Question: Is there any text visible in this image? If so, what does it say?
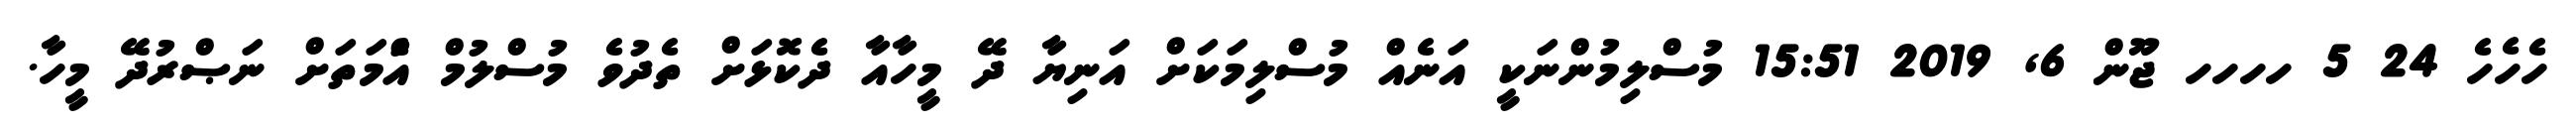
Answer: ހެހެހެ 24 5 ހހހހ ޖޫން 6, 2019 15:51 މުސްލިމުންނަކީ އަނެއް މުސްލިމަކަށް އަނިޔާ ދޭ މީހާއާ ދެކޮޅަށް ތެދުވެ މުސްލުމް އުެްމަތަށް ނަޞްރުދޭ މީހާ.